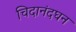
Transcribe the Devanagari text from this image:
चिदानंदघन